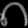
Digit: ၈